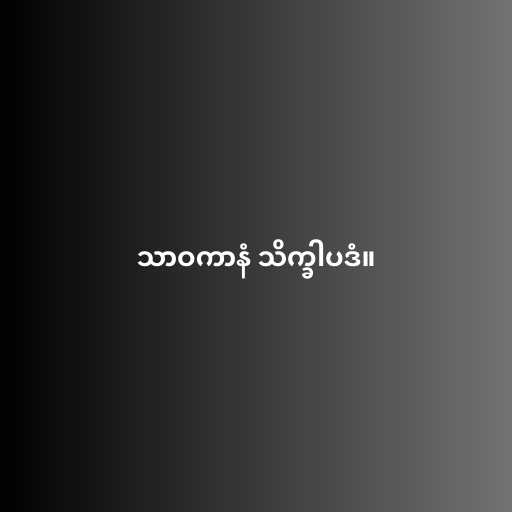
သာဝကာနံ သိက္ခါပဒံ။